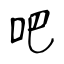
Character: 吧